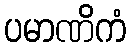
ပမာဏိကံ